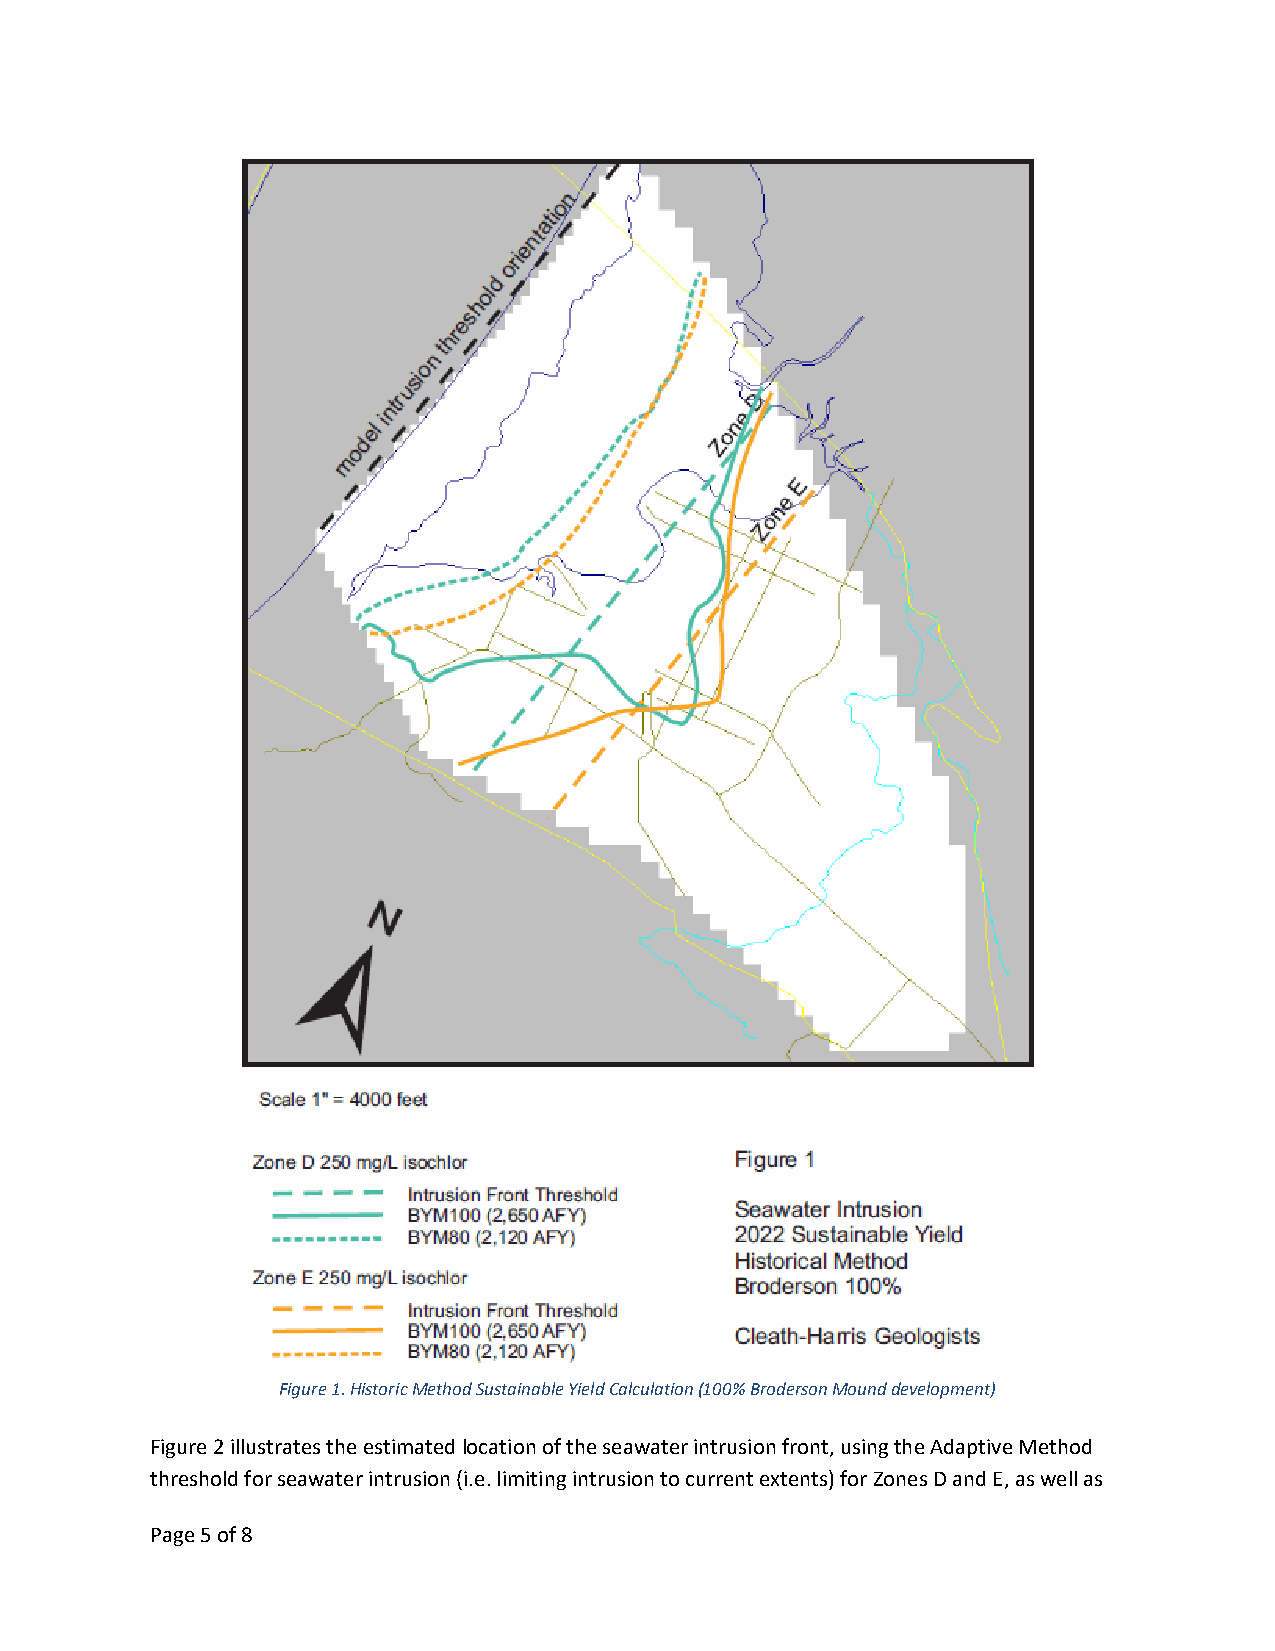
Figure 1. Historic Method Sustainable Yield Calculation (100% Broderson Mound development)
 Figure 2 illustrates the estimated location of the seawater intrusion front, using the Adaptive Method
 threshold for seawater intrusion (i.e. limiting intrusion to current extents) for Zones D and E, as well as
 Page 5 of 8